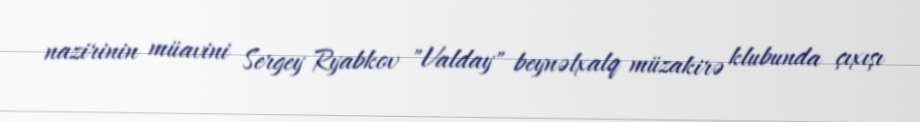
nazirinin müavini Sergey Ryabkov "Valday" beynəlxalq müzakirə klubunda çıxışı